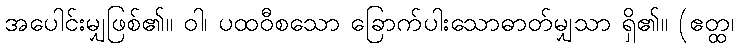
အပေါင်းမျှဖြစ်၏။ ဝါ၊ ပထဝီစသော ခြောက်ပါးသောဓာတ်မျှသာ ရှိ၏။ (ဧတ္ထ၊